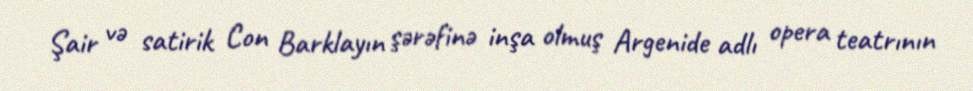
Şair və satirik Con Barklayın şərəfinə inşa olmuş Argenide adlı opera teatrının